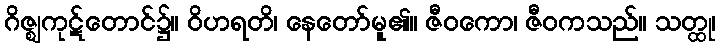
ဂိဇ္ဈကုဋ်တောင်၌။ ဝိဟရတိ၊ နေတော်မူ၏။ ဇီဝကော၊ ဇီဝကသည်။ သတ္ထု၊